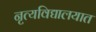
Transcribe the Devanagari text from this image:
नृत्यविद्यालयात